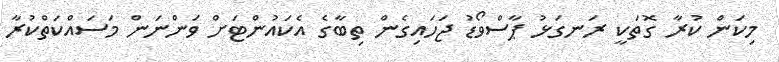
މިކަން ކުރާ ގޮތަކީ ރަނގަޅު ޕާސްވޯޑު ޖަހައިގެން ތިބާގެ އެކައުންޓަށް ވަންނަން މަސައްކަަތްކުރާ